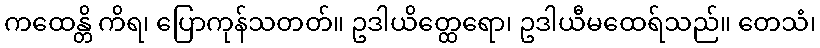
ကထေန္တိ ကိရ၊ ပြောကုန်သတတ်။ ဥဒါယိတ္ထေရော၊ ဥဒါယီမထေရ်သည်။ တေသံ၊